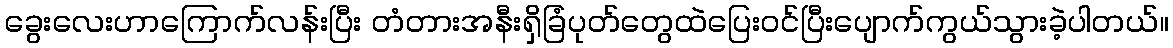
ခွေးလေးဟာကြောက်လန်းပြီး တံတားအနီးရှိခြံပုတ်တွေထဲပြေးဝင်ပြီးပျောက်ကွယ်သွားခဲ့ပါတယ်။